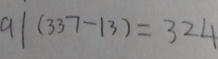
9 1 ( 3 3 7 - 1 3 ) = 3 2 4